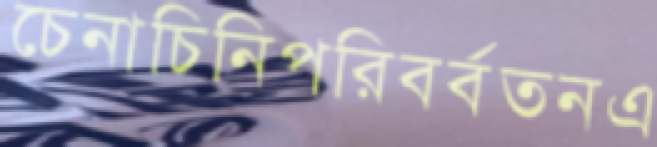
চেনাচিনিপরিবর্বতনএ